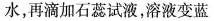
水，再滴加石蕊试液，溶液变蓝